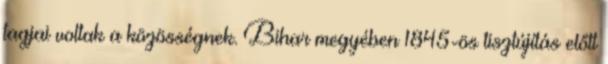
tagjai voltak a közösségnek. Bihar megyében 1845-ös tisztújítás előtt